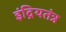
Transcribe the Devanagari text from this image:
इंद्रियतंत्र